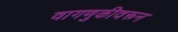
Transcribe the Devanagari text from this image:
वागणुकीवरून